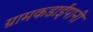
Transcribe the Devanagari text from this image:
ग्रामकडाईपानी